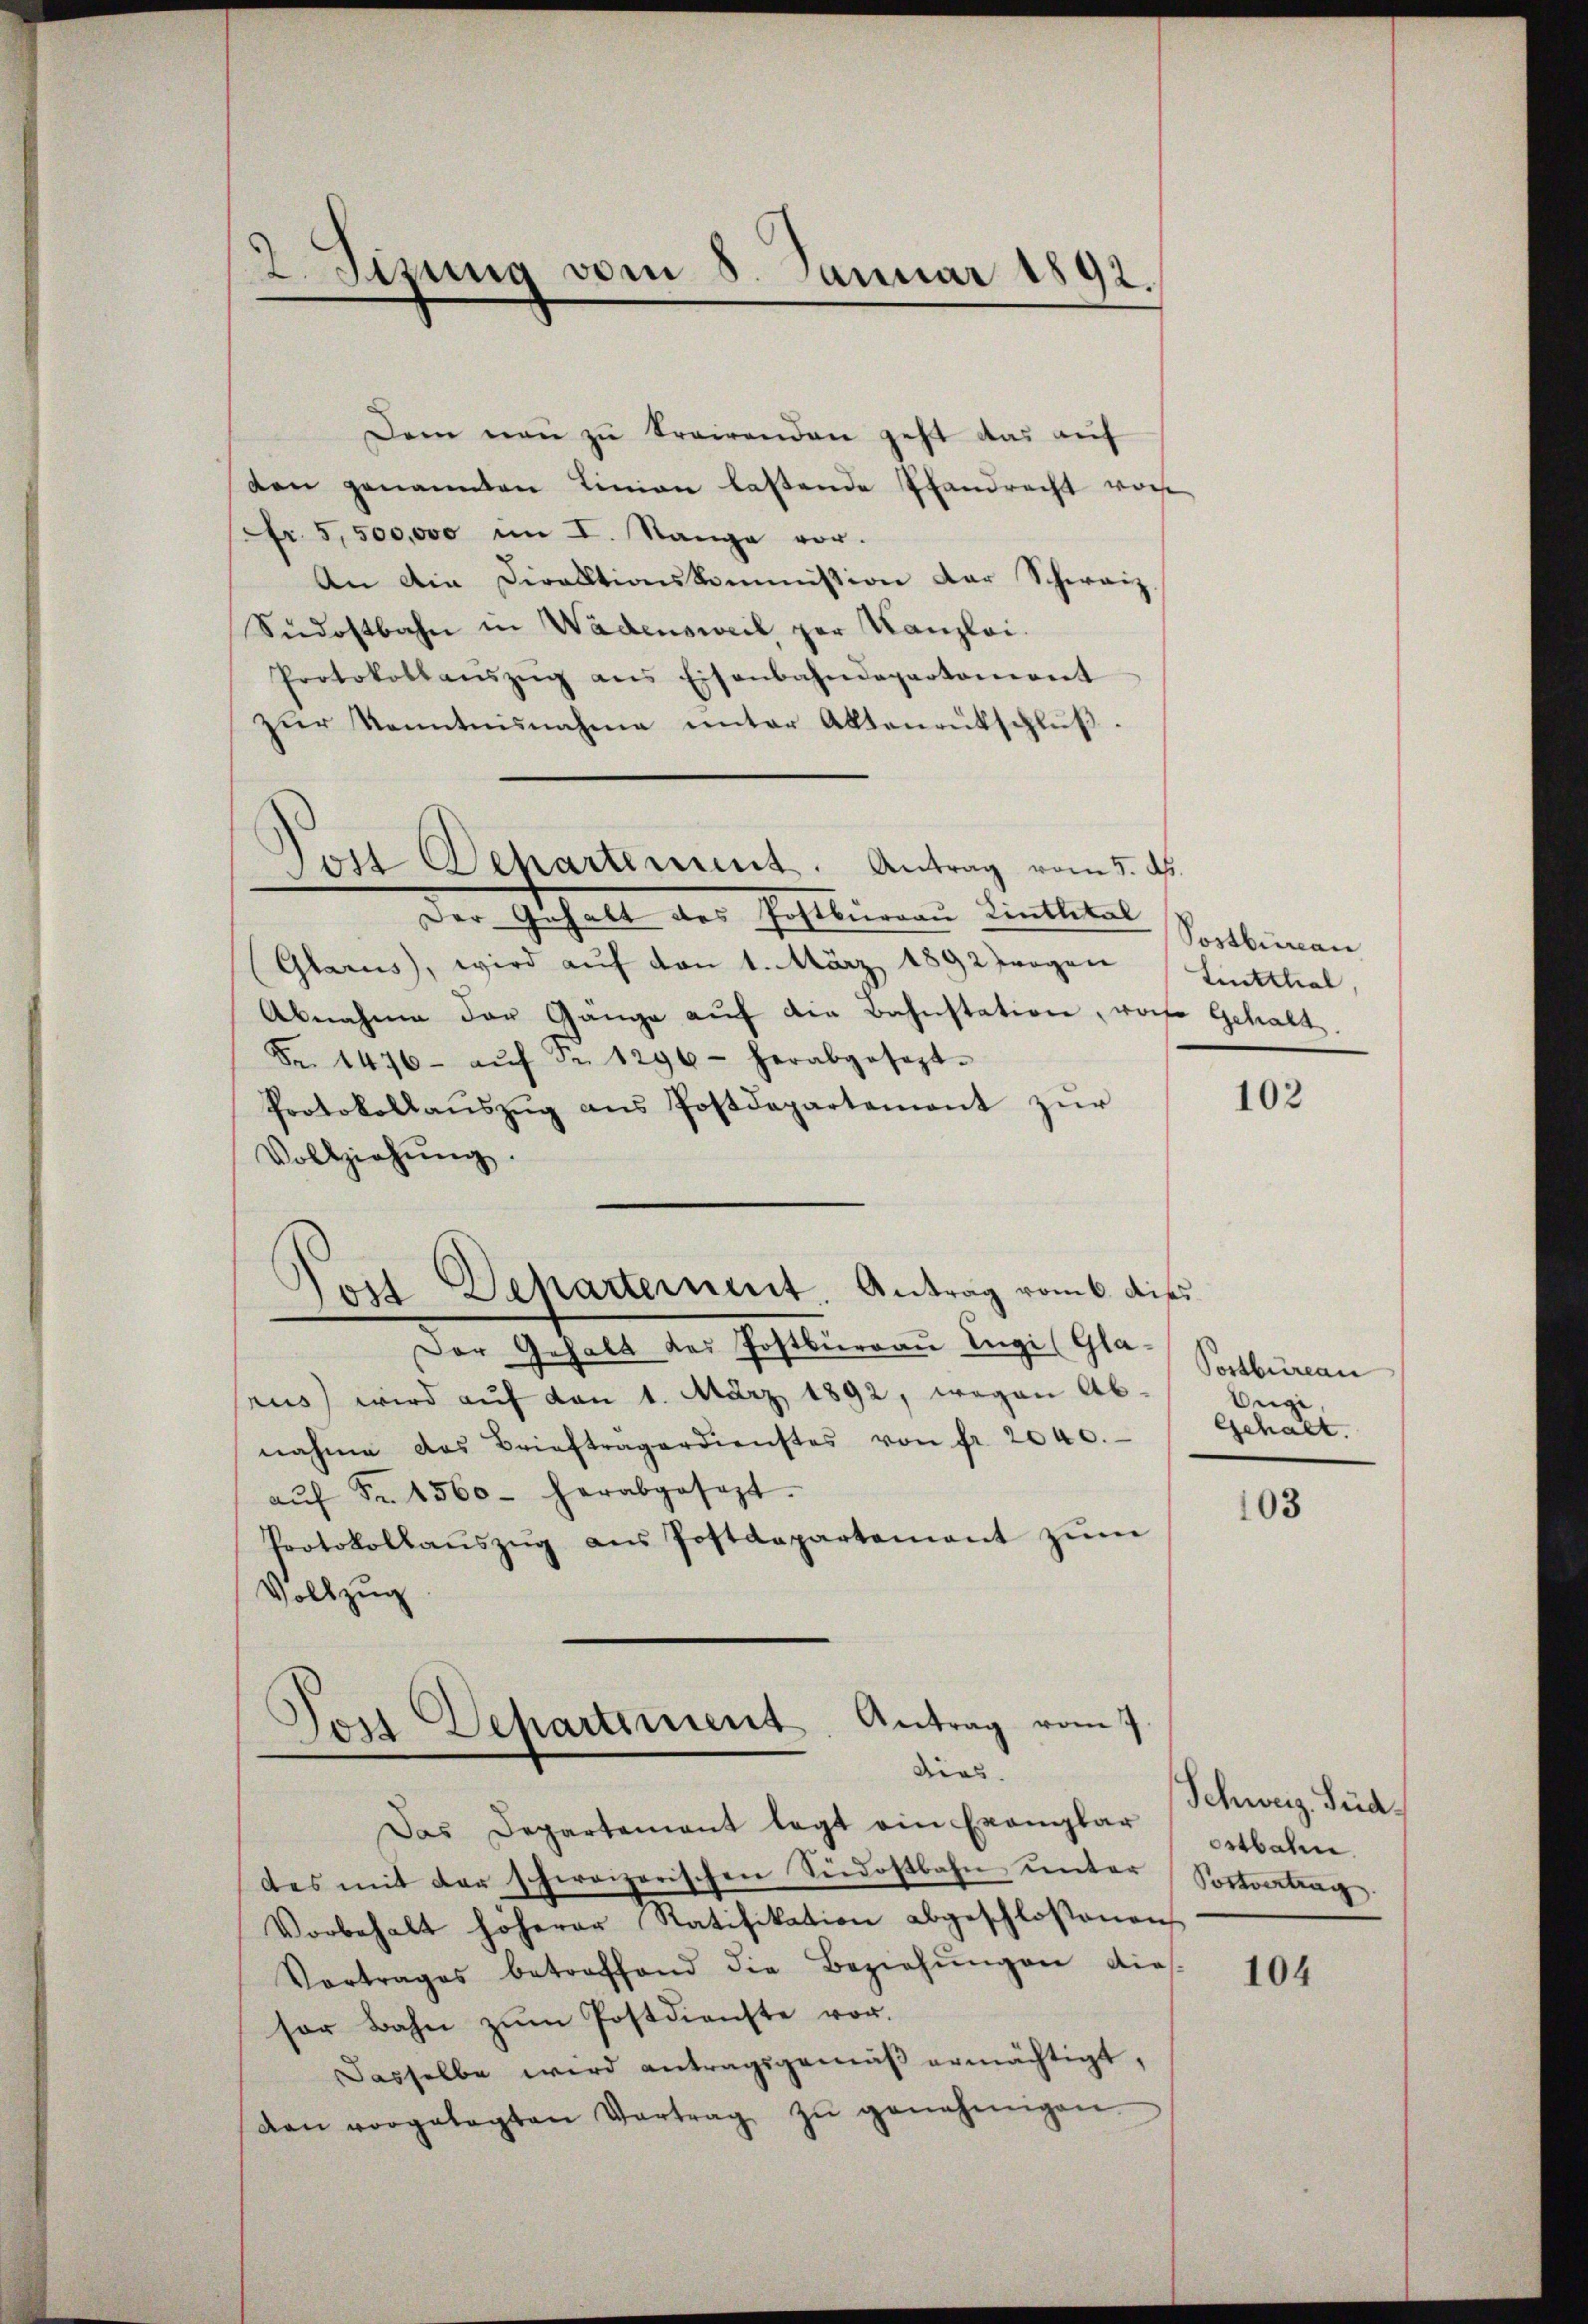
2. Sitzung vom 8. Januar 1892.

Dem neu zu trairenden geht das auf
den genannten Linien lastende Pfandrecht vor
Fr. 5,500,000 im I. Range vor.
An die Direktionskommission der Schweiz.
Südostbahn in Wädensweil, par Kanzlei.
Protokolaŭszŭg ans Eisenbahndepartement
zŭr Kenntnisnahme unter Aktenrütschlŭβ.
Der Gehalt des Falleinen Dietlibel
(Glarus, wird auf von 1. März 1892 zogen
Abnahme der Gänge aŭf die Bahnstation, worfe Gehalt.
Fr. 1476- aŭf Fr. 1296- herabgesezt.
Protokollaŭszŭg ans Postdepartement zŭr
Vollziehŭng.
Jost Departement. Antrag vom 6. dies
Der Gehalt des Postbureau Ingi (Glarus) wird auf den 1. März 1892, wegen Abnahme das Briefträgerdienstes von fr. 2040.
aŭf Fr. 1560 - herabgesezt.
Protokollaŭszŭg aŭs Postdepartement zŭm
Vollzug

)
Jost Departement. Antrag vom 5. ds.

Tost Separtement Antrag vom 7.
dies

Das Departement legt ein Exemplar
des mit der schweizerischen Seedostbahn unter
Vorbehalt höherer Ratifikation abgeschloßenen
Vortrages betreffend die Beziehŭngen dies
sor Bahn zŭm Postdienste vor.
Dasselbe wird antragsgemäß ermächtigt,
den vorgelegten Vertrag zŭ genehmigen

Postbüreau
tiutthal,

102

Postbureau
Aegi
Gehalt.

103

Schweiz. Süd
ostbahn.
Postvertrag

104